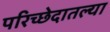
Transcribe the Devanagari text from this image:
परिच्छेदातल्या